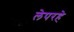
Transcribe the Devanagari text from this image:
लेपरहे